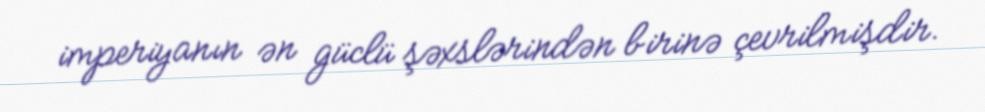
imperiyanın ən güclü şəxslərindən birinə çevrilmişdir.